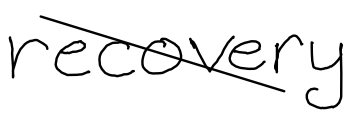
Text: recovery
Cross-out: diagonal
Writing tool: digital_black